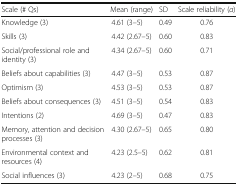
<table><thead><tr><td><b>Scale (# Qs)</b></td><td><b>Mean (range)</b></td><td><b>SD</b></td><td><b>Scale reliability (<i>α</i>)</b></td></tr></thead><tbody><tr><td>Knowledge (3)</td><td>4.61 (3–5)</td><td>0.49</td><td>0.76</td></tr><tr><td>Skills (3)</td><td>4.42 (2.67–5)</td><td>0.60</td><td>0.83</td></tr><tr><td>Social/professional role and identity (3)</td><td>4.34 (2.67–5)</td><td>0.60</td><td>0.71</td></tr><tr><td>Beliefs about capabilities (3)</td><td>4.47 (3–5)</td><td>0.53</td><td>0.87</td></tr><tr><td>Optimism (3)</td><td>4.53 (3–5)</td><td>0.53</td><td>0.87</td></tr><tr><td>Beliefs about consequences (3)</td><td>4.51 (3–5)</td><td>0.54</td><td>0.83</td></tr><tr><td>Intentions (2)</td><td>4.69 (3–5)</td><td>0.47</td><td>0.83</td></tr><tr><td>Memory, attention and decision processes (3)</td><td>4.30 (2.67–5)</td><td>0.65</td><td>0.80</td></tr><tr><td>Environmental context and resources (4)</td><td>4.23 (2.5–5)</td><td>0.62</td><td>0.81</td></tr><tr><td>Social influences (3)</td><td>4.23 (2–5)</td><td>0.68</td><td>0.75</td></tr></tbody></table>